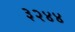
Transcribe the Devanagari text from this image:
३२४४